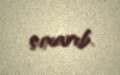
çıxarıb.